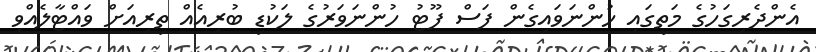
އެންދެރިގަހުގެ މަތީގައި ހުންނަވައިގެން ފަސް ފޫޓު ހުންނަވަރުގެ ލަކުޑި ބުރިއެއް ތިރިއަށް ވައްޓާލެއްވި